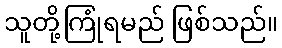
သူတို့ကြုံရမည် ဖြစ်သည်။